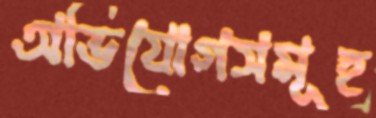
অভিযোগসমূহ